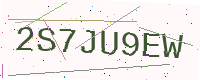
Text: 2S7JU9EW